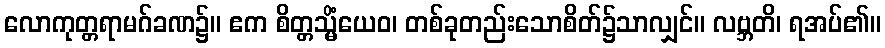
လောကုတ္တရာမဂ်ခဏ၌။ ဧက စိတ္တသ္မိံယေဝ၊ တစ်ခုတည်းသောစိတ်၌သာလျှင်။ လဗ္ဘတိ၊ ရအပ်၏။